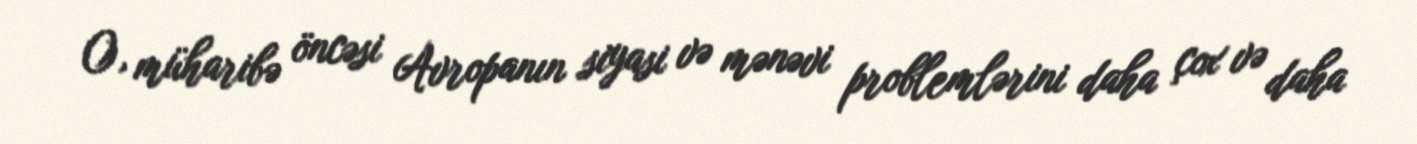
O, müharibə öncəsi Avropanın siyasi və mənəvi problemlərini daha çox və daha